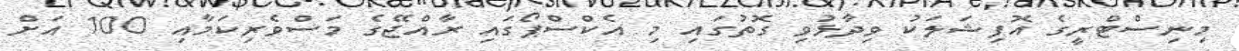
މިނިސްޓްރީގެ އޮފިޝަލަކު ވިދާޅުވި ގޮތުގައި މި އެކްސްޕޯގައި ރާއްޖޭގެ މަސްވެރިކަމާއި 100 އަށް